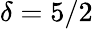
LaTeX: \delta=5/2